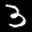
Label: 3